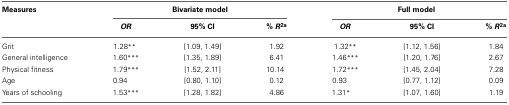
<table><thead><tr><td><b>Measures</b></td><td colspan="3"><b>Bivariate model</b></td><td colspan="3"><b>Full model</b></td></tr><tr><td></td><td><b><i>OR</i></b></td><td><b>95% CI</b></td><td><b>% <i>R</i><sup>2</sup><sup>a</sup></b></td><td><b><i>OR</i></b></td><td><b>95% CI</b></td><td><b>% <i>R</i><sup>2</sup><sup>a</sup></b></td></tr></thead><tbody><tr><td>Grit</td><td>1.28<sup>**</sup></td><td>[1.09, 1.49]</td><td>1.92</td><td>1.32<sup>**</sup></td><td>[1.12, 1.56]</td><td>1.84</td></tr><tr><td>General intelligence</td><td>1.60<sup>***</sup></td><td>[1.35, 1.89]</td><td>6.41</td><td>1.46<sup>***</sup></td><td>[1.20, 1.76]</td><td>2.67</td></tr><tr><td>Physical fitness</td><td>1.79<sup>***</sup></td><td>[1.52, 2.11]</td><td>10.14</td><td>1.72<sup>***</sup></td><td>[1.45, 2.04]</td><td>7.28</td></tr><tr><td>Age</td><td>0.94</td><td>[0.80, 1.10]</td><td>0.12</td><td>0.93</td><td>[0.77, 1.12]</td><td>0.09</td></tr><tr><td>Years of schooling</td><td>1.53<sup>***</sup></td><td>[1.28, 1.82]</td><td>4.86</td><td>1.31<sup>*</sup></td><td>[1.07, 1.60]</td><td>1.19</td></tr></tbody></table>